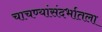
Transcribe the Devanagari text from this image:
चाचण्यांसंदर्भातला